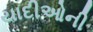
યાદીઓની